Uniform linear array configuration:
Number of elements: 12
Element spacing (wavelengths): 0.5
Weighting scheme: blackman
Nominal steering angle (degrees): -45
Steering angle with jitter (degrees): -44.457
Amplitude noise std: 0.05
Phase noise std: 0.05

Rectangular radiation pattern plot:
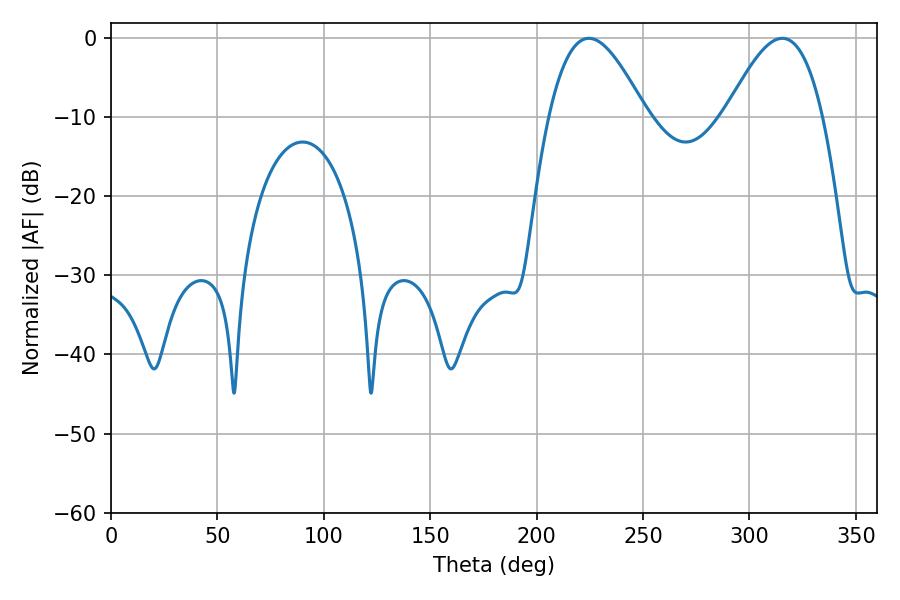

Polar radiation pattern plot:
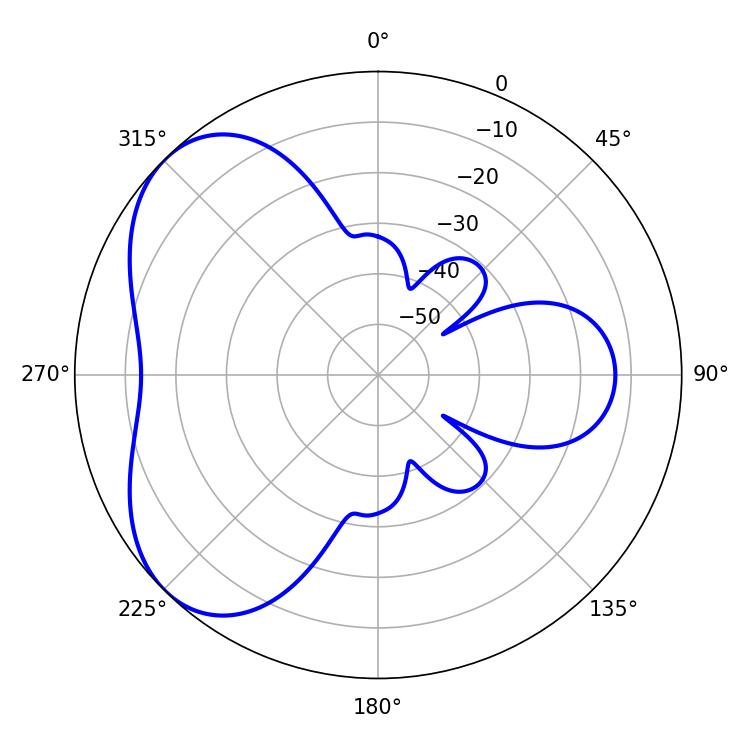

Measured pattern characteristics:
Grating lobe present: FALSE
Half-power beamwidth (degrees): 24.66
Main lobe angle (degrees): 224.64